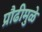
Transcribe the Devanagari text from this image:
प्रौढीमुळे